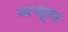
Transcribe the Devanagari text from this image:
ग्त्क्ए